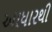
આધારથી